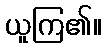
ယူကြ၏။